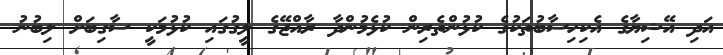
އަދި އޭޝިޔާގެ އެކިހިސާބުތަކުގެ ކުޅުންތެރިން ކުޅެމުންދާ ރާއްޖޭގެ ލީގުގައި ކުޅުމަކީ ސާގިބަށް ލިބުނު